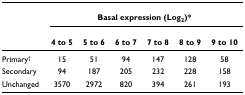
<table><thead><tr><td></td><td colspan="6"><b>Basal expression (Log<sub>2</sub>)*</b></td></tr><tr><td></td><td><b>4 to 5</b></td><td><b>5 to 6</b></td><td><b>6 to 7</b></td><td><b>7 to 8</b></td><td><b>8 to 9</b></td><td><b>9 to 10</b></td></tr></thead><tbody><tr><td>Primary<sup>†</sup></td><td>15</td><td>51</td><td>94</td><td>147</td><td>128</td><td>58</td></tr><tr><td>Secondary</td><td>94</td><td>187</td><td>205</td><td>232</td><td>228</td><td>158</td></tr><tr><td>Unchanged</td><td>3570</td><td>2972</td><td>820</td><td>394</td><td>261</td><td>193</td></tr></tbody></table>